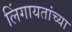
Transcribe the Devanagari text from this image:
लिंगायतांच्या